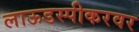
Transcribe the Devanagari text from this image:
लाऊडस्पीकरवर